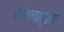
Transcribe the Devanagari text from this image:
कौशल्यानुसार